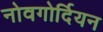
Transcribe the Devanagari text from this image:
नोवगोर्दियन